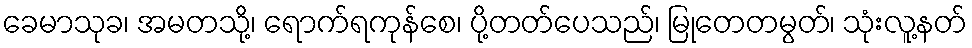
ခေမာသုခ၊ အမတသို့၊ ရောက်ရကုန်စေ၊ ပို့တတ်ပေသည်၊ မြုတေတမွတ်၊ သုံးလူ့နတ်